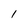
Character: 1